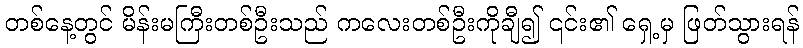
တစ်နေ့တွင် မိန်းမကြီးတစ်ဦးသည် ကလေးတစ်ဦးကိုချီ၍ ၎င်း၏ ရှေ့မှ ဖြတ်သွားရန်